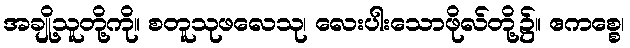
အချို့သူတို့ကို။ စတူသုဖလေသု၊ လေးပါးသောဖိုလ်တို့၌။ ဧကစ္စေ၊